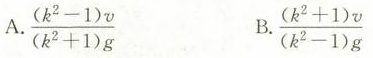
A.$$\frac { ( k ^ { 2 } - 1 ) v } { ( k ^ { 2 } + 1 ) g }$$ B.$$\frac { ( k ^ { 2 } + 1 ) v } { ( k ^ { 2 } - 1 ) g }